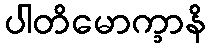
ပါတိမောက္ခာနိ